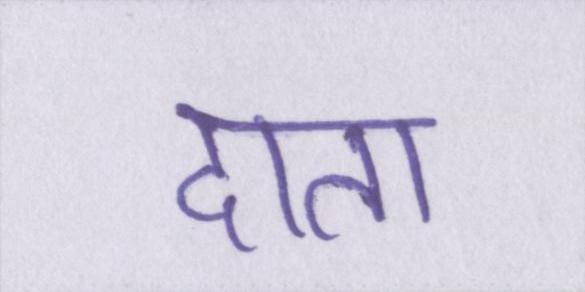
दाता